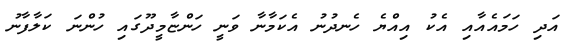
އަދި ހަމައެއާއި އެކު އިއްޔެ ހެނދުނު އެކަމާނާ ވަނީ ހަންޏާމީދޫގައި ހުންނަ ކަލާފާނު